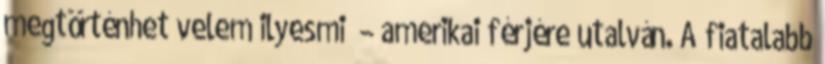
megtörténhet velem ilyesmi“ – amerikai férjére utalván. A fiatalabb